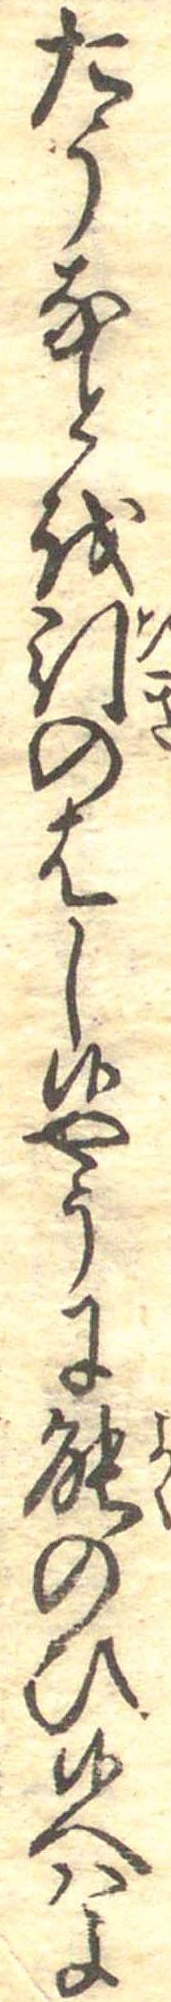
たうなとを引のはし候やうに能のひ候へはよ